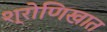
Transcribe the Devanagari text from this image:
श्रोणिखात